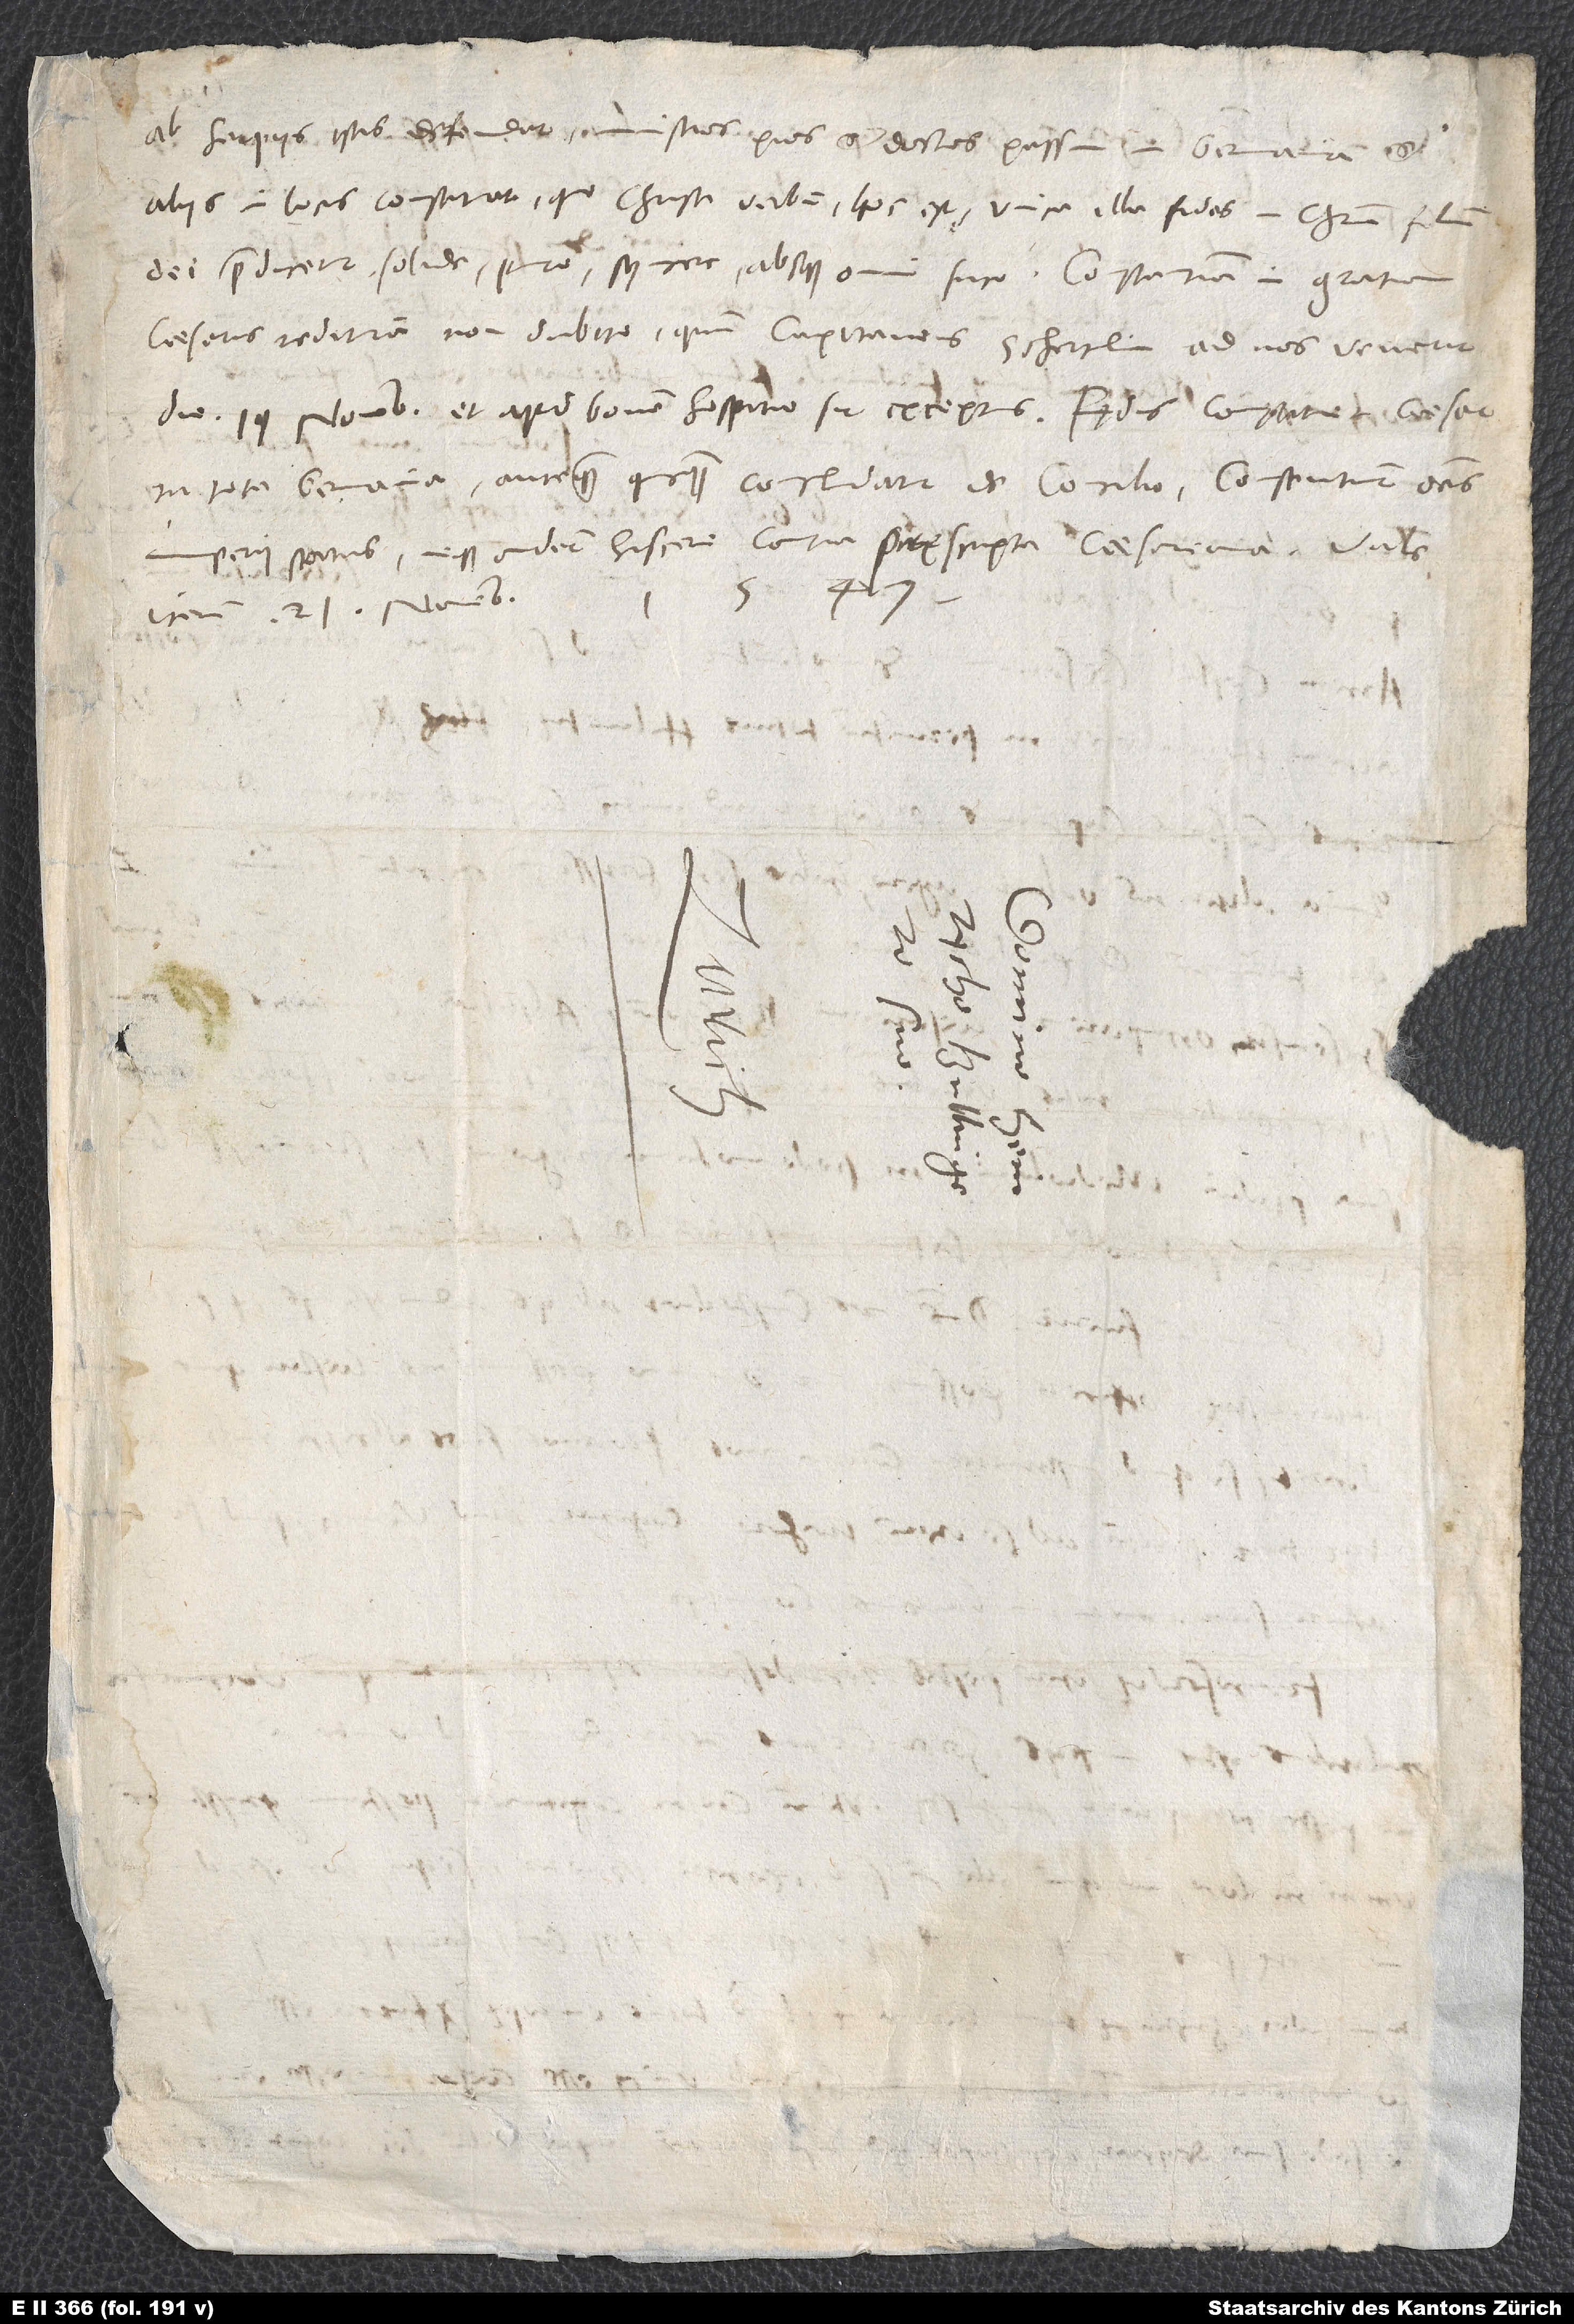
ab harpiis istis defendat, ministros pios et doctos passim in Germania et
aliis in locis constituat, quo Christi verbum, hoc est, unica illa fides in Christum, filium
caesaris redituram non dubito, quum capitaneus Schertlin ad nos venerit
in tota Germania, antequam quicquam concludatur de concilio. Consentiunt omnes
imperii status neque audent hiscere contra pręscripta caesareana.
iterum. 21. novembris
S.